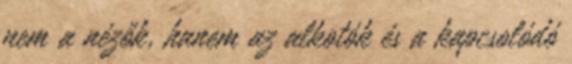
nem a nézők, hanem az alkotók és a kapcsolódó